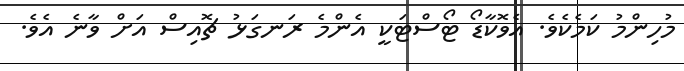
މުހިންމު ކަމެކެވެ. އެވޮކާޑޯ ޓޯސްޓަކީ އެންމެ ރަނގަޅު ޗޮއިސް އަށް ވާނެ އެވެ.